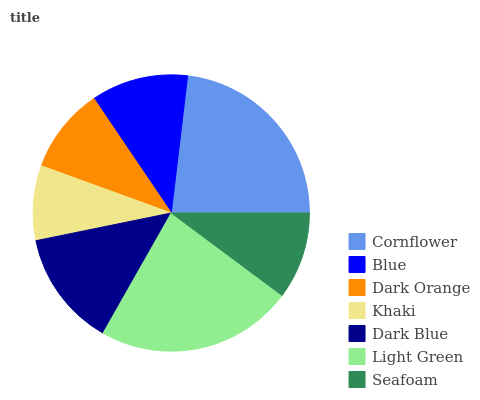
| Cornflower | Blue | Dark Orange | Khaki | Dark Blue | Light Green | Seafoam |
 | --- | --- | --- | --- | --- | --- | --- |
 | 23.1% | 11.3% | 9.99% | 8.75% | 13.6% | 23.1% | 10.2% |